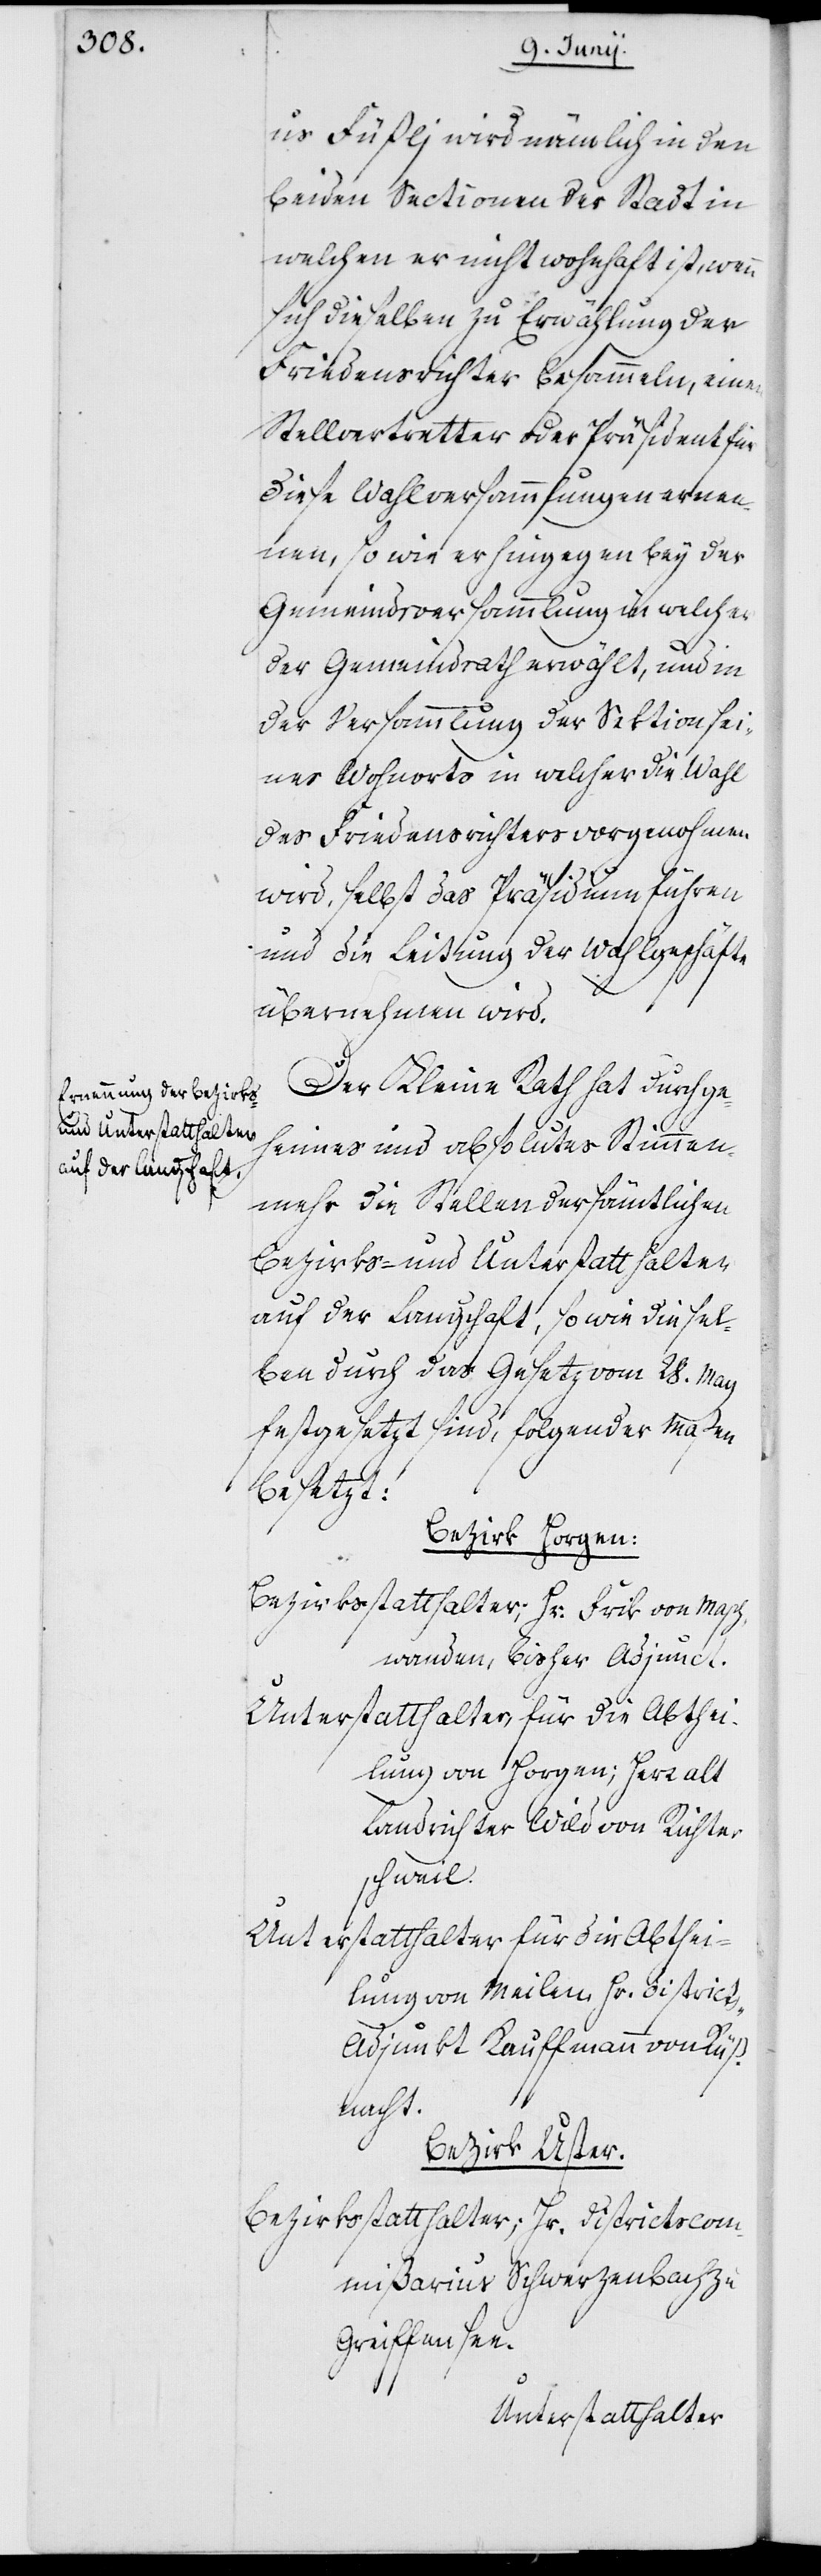
us Füßlj wird nämlich in den
beyden Sectionen der Stadt, in
welchen er nicht wohnhaft ist, wenn
sich dieselben zu Erwählung der
Friedensrichter besammeln, einen
Stellvertreter oder Präsident für
diese Wahlversammlung ernen¬
nen, so wie er hingegen bey der
Gemeindsversammlung in welcher
der Gemeindrat erwählt, und in
der Versammlung der Sektion sei¬
nes Wohnorts in welcher die Wahl
des Friedensrichters vorgenohmen
wird, selbst das Präsidium führen
und die Leitung der Wahlgeschäfte
übernehmen wird.
Der Kleine Rath hat durch geh¬
eimes und absolutes Stimmen¬
mehr die Stellen der sämtlichen
Bezirks- und Unterstatthalter
auf der Landschaft, so wie die sel¬
ben durch das Gesetz vom 28. May
festgesetzt sind, folgender Maßen
besetzt:
Bezirk Horgen:
Bezirksstatthalter; Hr. Frik von Masch¬
wanden, bisher Adjunct.
Unterstatthalter für die Abthei¬
lung von Horgen; Herr alt
Landrichter Wild von Richter¬
schweil.
lung von Meilen, Hr. District¬
s-Adjunkt Kauffmann von Küß¬
nacht.
Bezirk Uster.
Bezirksstatthalter: Hr. Districtscom¬
ißarius Schwerzenbach zu
Greiffensee.